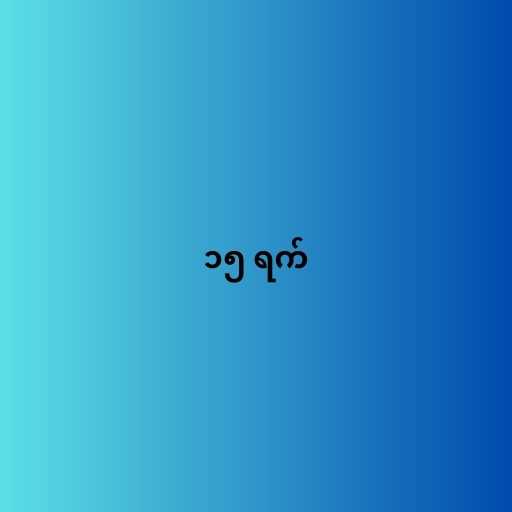
၁၅ ရက်